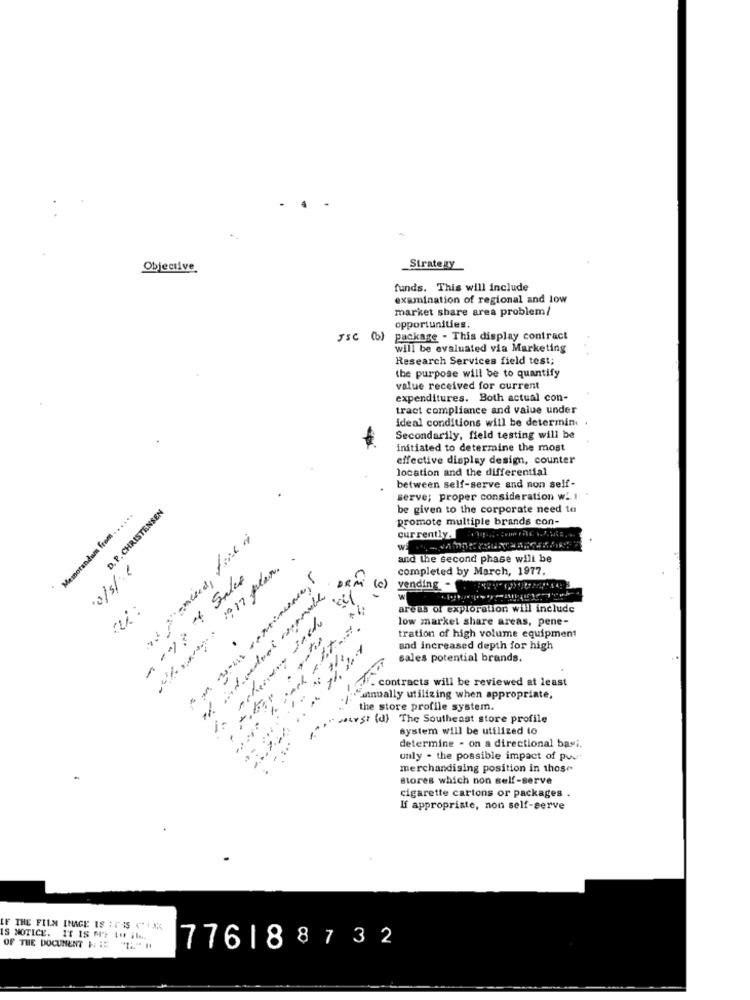
Objective
Strategy
funds. This will include
examination of regional and low
market share area problem/
opportunities.
JSC (6)
package - This display contract
will be evaluated via Marketing
Research Services field test;
the purpose will be to quantify
value received for current
expenditures. Both actual con-
tract compliance and value under
ideal conditions will be determin
Secondarily, field testing will be
initiated to determine the most
effective display design, counter
location and the differential
between self-serve and non self-
serve; proper consideration w' I
Memorandum from . . . . ..
D. P. CHRISTENSEN
be given to the corporate need to
promote multiple brands con-
currently.
WE
and the second phase will be
completed by March, 1977.
(c)
vending
> 15/0.
areas of exploration will include
:700
low market share areas, pene-
tration of high volume equipment
and increased depth for high
sales potential brands.
contracts will be reviewed at least
manually utilizing when appropriate.
1.
the store profile system.
wirst (d) The Southeast store profile
---
system will be utilized to
determine - on a directional basi.
...
unly - the possible impact of pue
merchandising position in those
stores which non self-serve
cigarette cartons or packages
If appropriate, non self-serve
LF THE FILM IMAGE IS : FRIS CHA
IS NOTICE. IT IS MY Qu il.
OF THE DOCUMENT & # ":" #
776188732